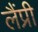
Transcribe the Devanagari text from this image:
लैंप्री